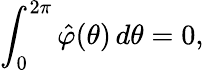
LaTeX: \int_{0}^{2\pi}\hat{\varphi}(\theta)\, d\theta=0,